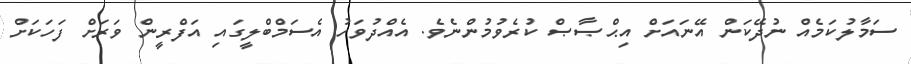
ސަމާލުކަމެއް ނުދޭކަން އޭނައަށް އިޙްޞާޞް ކުރެވުމުންނެވެ. އެއްދުވަހު އެސަމްބްލީގައި އަފްރީން ވަރަށް ފަހަކަށް